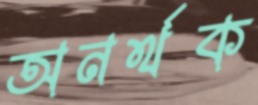
অনর্থক